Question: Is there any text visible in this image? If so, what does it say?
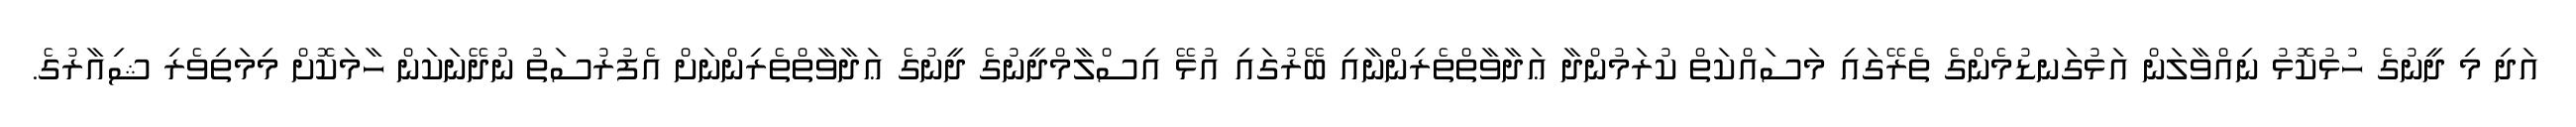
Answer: އަދި މި ދީނުގެ ހުޅުކޮޅު ނިއްވާލަން އަޅުގަނޑުމެންގެ ތެރޭގައި މަސައްކަތް ކުރަމުންދާ ޢަދާވާތްތެރިންނާއި ބޭރުގައި އުޅޭ އިސްލާމްދީނުގެ ދީނުގެ ޢަދާވާތްތެރިންނަށް އެފުރުސަތު ނުދޭނަކަން ހާމަކޮށް މިމަތިވެރި ޝިއާރުގެ.